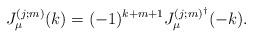
LaTeX: \begin{align*}J_{\mu}^{(j;m)}(k)=(-1)^{k+m+1} J_{\mu}^{(j;m)^{\dag}}(-k). \end{align*}